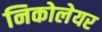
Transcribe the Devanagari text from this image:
निकोलेयर